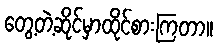
တွေ့တဲ့ဆိုင်မှာထိုင်စားကြတာ။